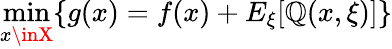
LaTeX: \operatorname*{min}_{x\inX}\{ g(x)=f(x)+E_{\xi}[\mathbb{Q}(x,\xi)]\}